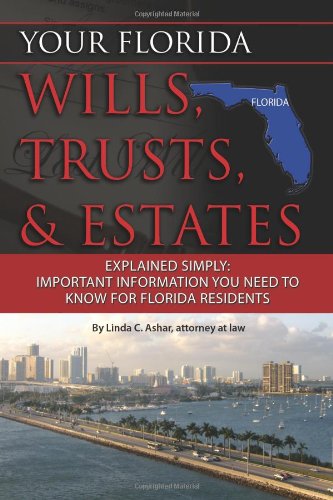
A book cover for Your Florida Will, Trusts, & Estates Explained: Simply Important Information You Need to Know (Back-To-Basics); Linda C. Ashar  Attorney at Law; Law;